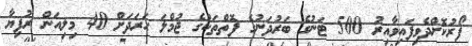
ފޯރުކޮށްދެވިފައިވާއިރު 500 ޓަނުގެ ބަރުދަނުގެ ފޮތްތަކުގެ ޖުމްލަ ހަރަދަށް 40 މިލިއަން ރުފިޔާ